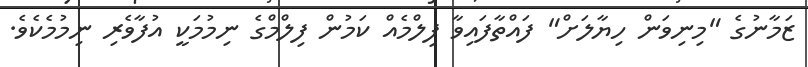
ޒަމާނުގެ "މިނިވަން ހިޔާލަށް" ފައްތާފައިވާ ފިލްމެއް ކަމުން ފިލްމްގެ ނިމުމަކީ އުފާވެރި ނިމުމެކެވެ.